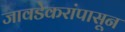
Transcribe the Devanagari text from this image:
जावडेकरांपासून